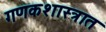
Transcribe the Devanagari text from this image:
गणकशास्त्रात